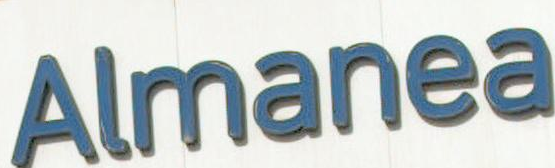
Almanea